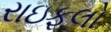
રાઇફલો